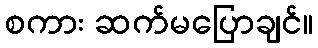
စကား ဆက်မပြောချင်။